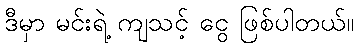
ဒီမှာ မင်းရဲ့ ကျသင့် ငွေ ဖြစ်ပါတယ်။